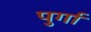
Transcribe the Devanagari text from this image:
पुर्गा